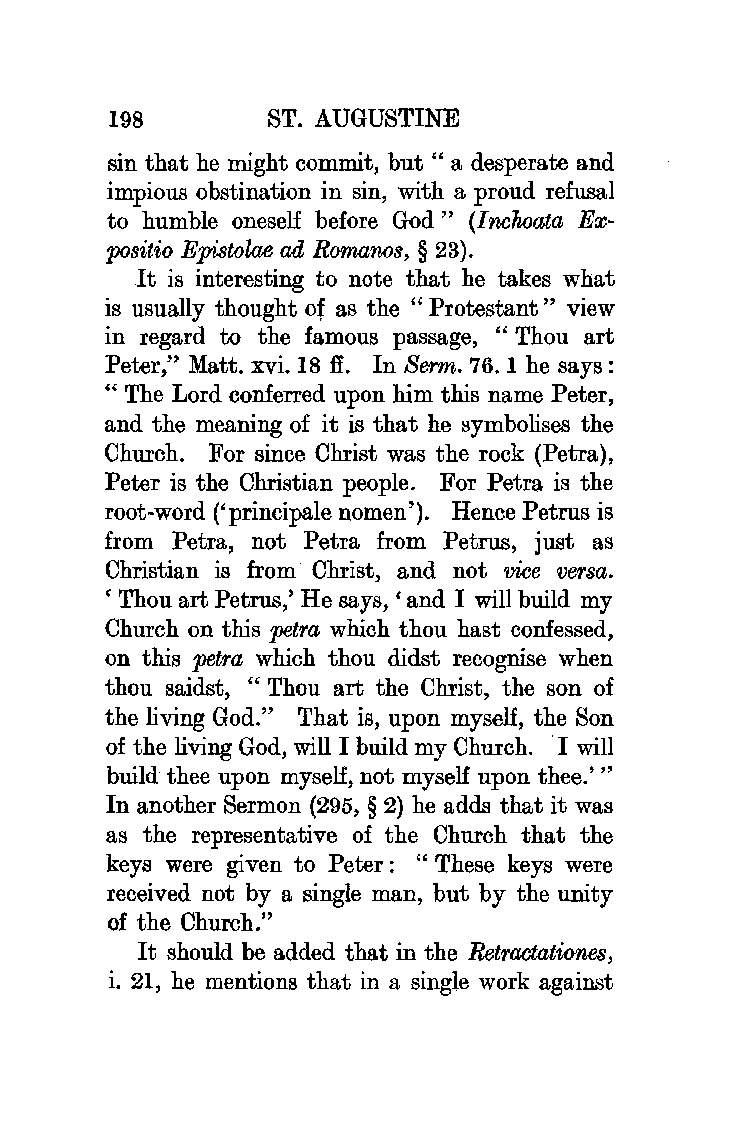
198       ST. AUGUSTINE
 sin that he might commit, but " a desperate and
 impious obstination in sin, with a proud refusal
 to humble oneself before God" (Inchoata Ex
 positio Epistolae ad Romanos, § 23).
 It is interesting to note that he takes what
 is usually thought of as the " Protestant " view
 in regard to the famous passage, " Thou art
 Peter," Matt. xvi. 18 ff. In Berm. 76. 1 he says :
 "The Lord conferred upon him this name Peter,
 and the meaning of it is that he symbolises the
 Church. For since Christ was the rock (Petra),
 Peter is the Christian people. For Petra is the
 root-word ('principale nomen'). Hence Petrus is
 from Petra, not Petra from Petrus, just as
 Christian is from Christ, and not vice versa.
 ' Thou art Petrus,' He says, 'and I will build my
 Church on this petra which thou hast confessed,
 on this petra which thou didst recognise when
 thou saidst, " Thou art the Christ, the son of
 the living God." That is, upon myself, the Son
 of the living God, will I build my Church. I will
 build thee upon myself, not myself upon thee.'"
 In another Sermon (295, § 2) he adds that it was
 as the representative of the Church that the
 keys were given to Peter : " These keys were
 received not by a single man, but by the unity
 of the Church."
 It should be added that in the Retractationes,
 i. 21, he mentions that in a single work against